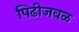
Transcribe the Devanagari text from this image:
पिढीजवळ